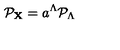
{ \cal P } _ { \bf X } = a ^ { \Lambda } { \cal P } _ { \Lambda }